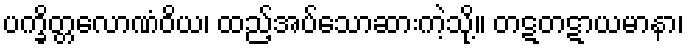
ပက္ခိတ္တလောဏံဝိယ၊ ထည့်အပ်သောဆားကဲ့သို့။ တဋတဋာယမာနာ၊